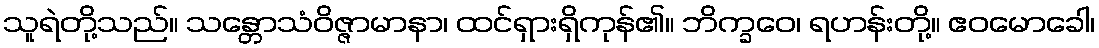
သူရဲတို့သည်။ သန္တောသံဝိဇ္ဇာမာနာ၊ ထင်ရှားရှိကုန်၏။ ဘိက္ခဝေ၊ ရဟန်းတို့။ ဧဝမောခေါ၊